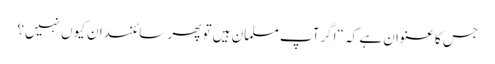
جس کا عنوان ہے کہ “اگرآپ مسلمان ہیں تو پھر سائنسدان کیوں نہیں؟